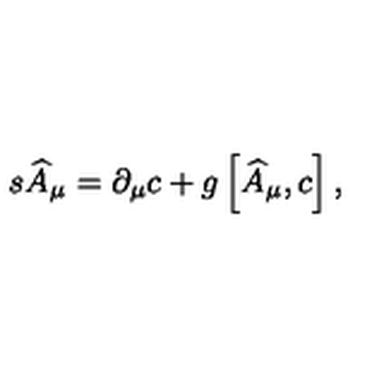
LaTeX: s \widehat { A } _ { \mu } = \partial _ { \mu } c + g \left[ \widehat { A } _ { \mu } , c \right] ,